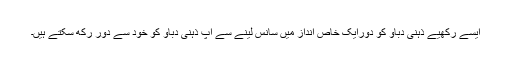
ایسے رکھیے ذہنی دباؤ کو دورایک خاص انداز میں سانس لینے سے آپ ذہنی دباؤ کو خود سے دور رکھ سکتے ہیں۔